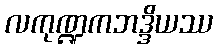
လကုဏ္ဍကဘဒ္ဒိယဿ